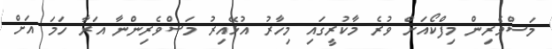
މަސްވެރިން މިފްކޯއަށް ވުރެ މާކުރީގައި މިހާރު އުޅޭއިރު މަސްވެރިންނާ އަރާ ހަމަ އަށް